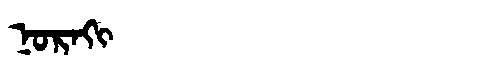
Manchu: ᠨᠣᡵᠠᡴᡳ
Romanization: NORAKI